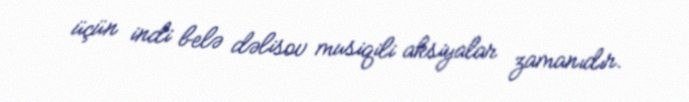
üçün indi belə dəlisov musiqili aksiyalar zamanıdır.